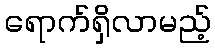
ရောက်ရှိလာမည့်